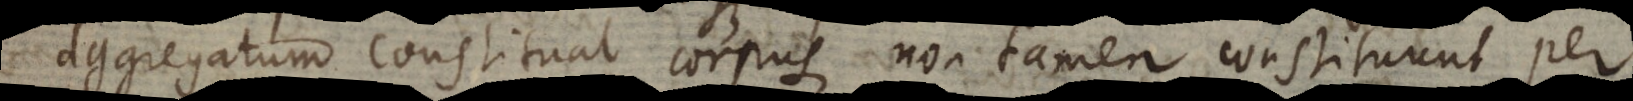
aggregatum constituat corpus, non tamen constituunt per